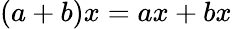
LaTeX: (a+b)x=ax+bx